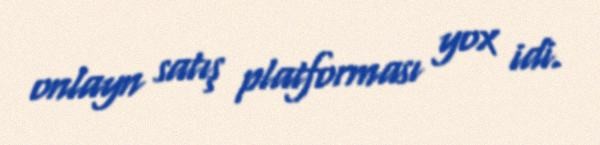
onlayn satış platforması yox idi.